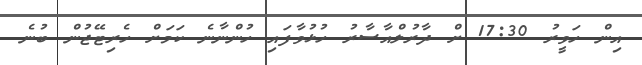
އިން ހަވީރު 17:30 ށް ދާރުލްއާސާރު ހުޅުވާފައި ހުންނާނެ ކަމަށް ހެރިޓޭޖުން ބުނެ